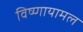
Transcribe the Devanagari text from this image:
विष्णायामल